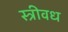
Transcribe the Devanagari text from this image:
स्त्रीवध